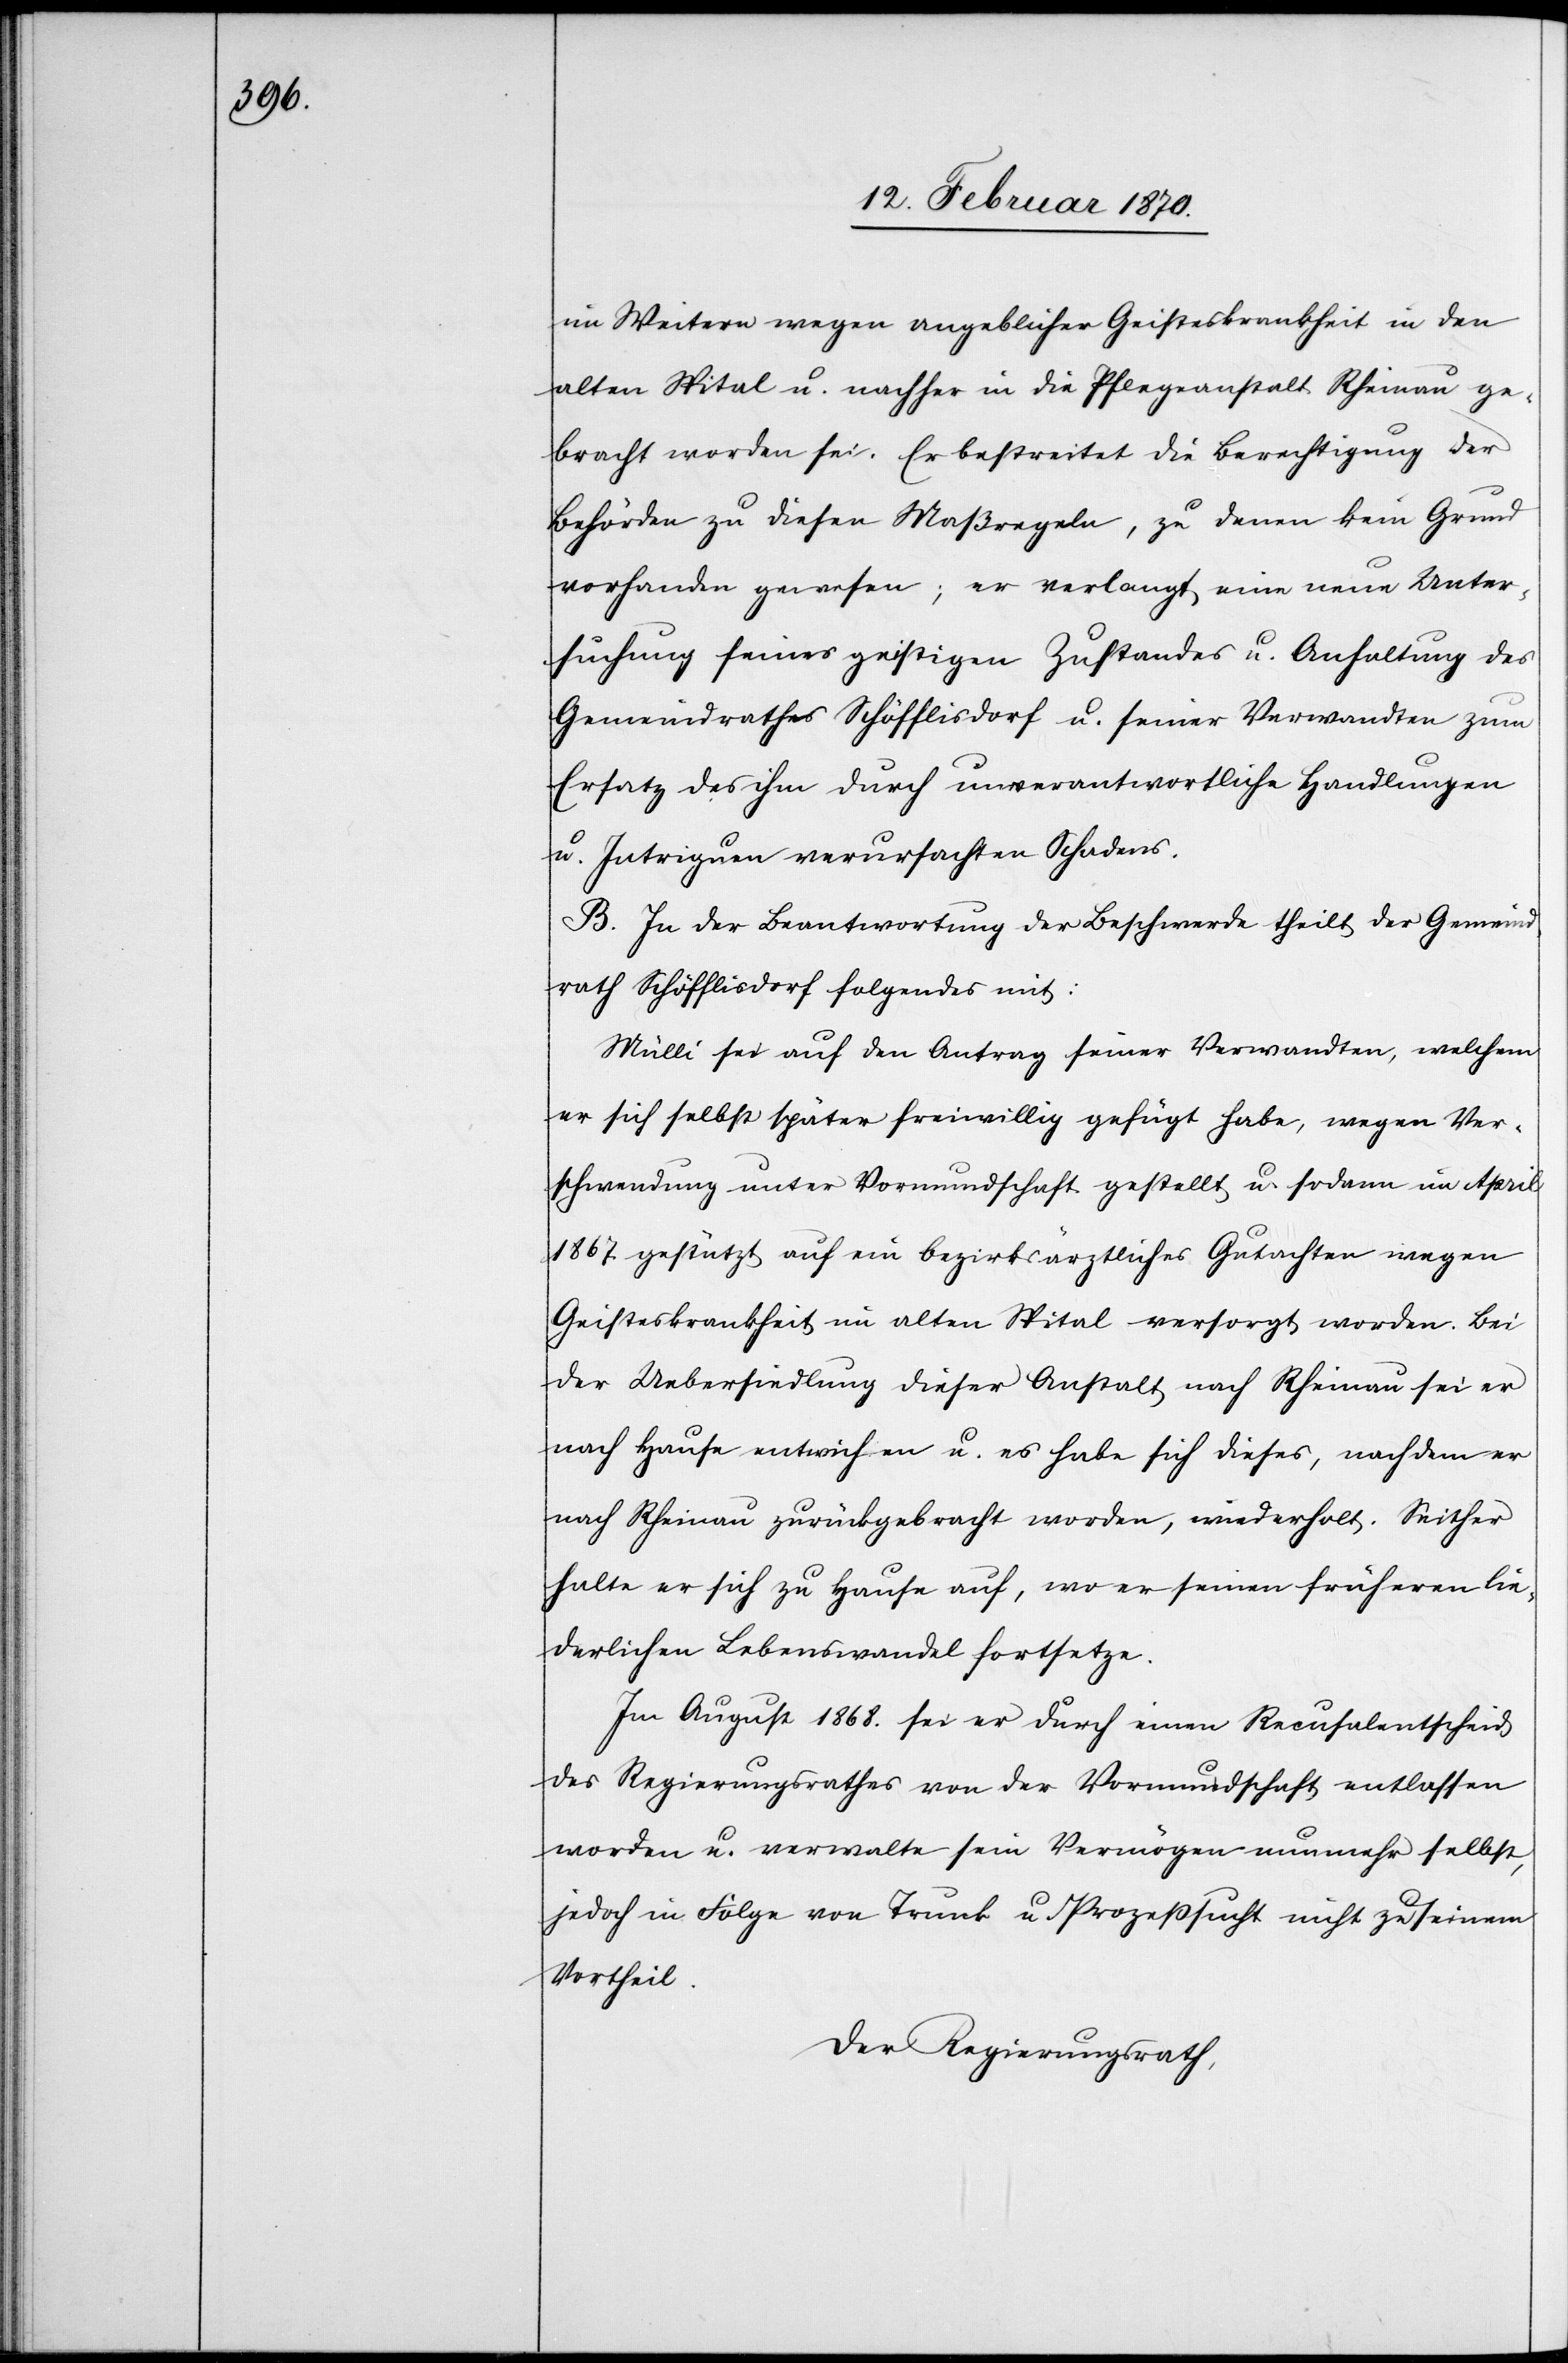
im Weitern wegen angeblicher Geisteskrankheit in den
alten Spital u. nachher in die Pflegeanstalt Rheinau ge¬
bracht worden sei. Er bestreitet die Berechtigung der
Behörden zu diesen Maßregeln, zu denen kein Grund
vorhanden gewesen; er verlangt eine neue Unter¬
suchung seines geistigen Zustandes u. Anhaltung des
Gemeindrathes Schöfflisdorf u. seiner Verwandten zum
Ersatz des ihm durch unverantwortliche Handlungen
u. Intriguen verursachten Schadens.
B. In der Beantwortung der Beschwerde theilt der Gemeind¬
rath Schöfflisdorf folgendes mit:
Mülli sei auf den Antrag seiner Verwandten, welchem
er sich selbst später freiwillig gefügt habe, wegen Ver¬
schwendung unter Vormundschaft gestellt u. sodann im April
1867. gestützt auf ein bezirksärztliches Gutachten wegen
Geisteskrankheit im alten Spital versorgt worden. Bei
der Uebersiedlung dieser Anstalt nach Rheinau sei er
nach Hause entwichen u. es habe sich dieses, nachdem er
nach Rheinau zurückgebracht worden, wiederholt. Seither
halte er sich zu Hause auf, wo er seinen früheren lie¬
derlichen Lebenswandel fortsetze.
Im August 1868. sei er durch einen Recusalentscheid
des Regierungsrathes von der Vormundschaft entlassen
worden u. verwalte sein Vermögen nunmehr selbst,
jedoch in Folge von Trunk[-] u. Prozeßsucht nicht zu seinem
Vortheil.
Der Regierungsrath,